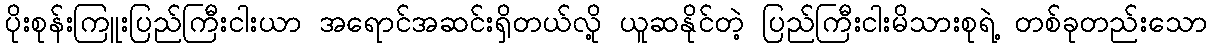
ပိုးစုန်းကြူးပြည်ကြီးငါးယာ အရောင်အဆင်းရှိတယ်လို့ ယူဆနိုင်တဲ့ ပြည်ကြီးငါးမိသားစုရဲ့ တစ်ခုတည်းသော